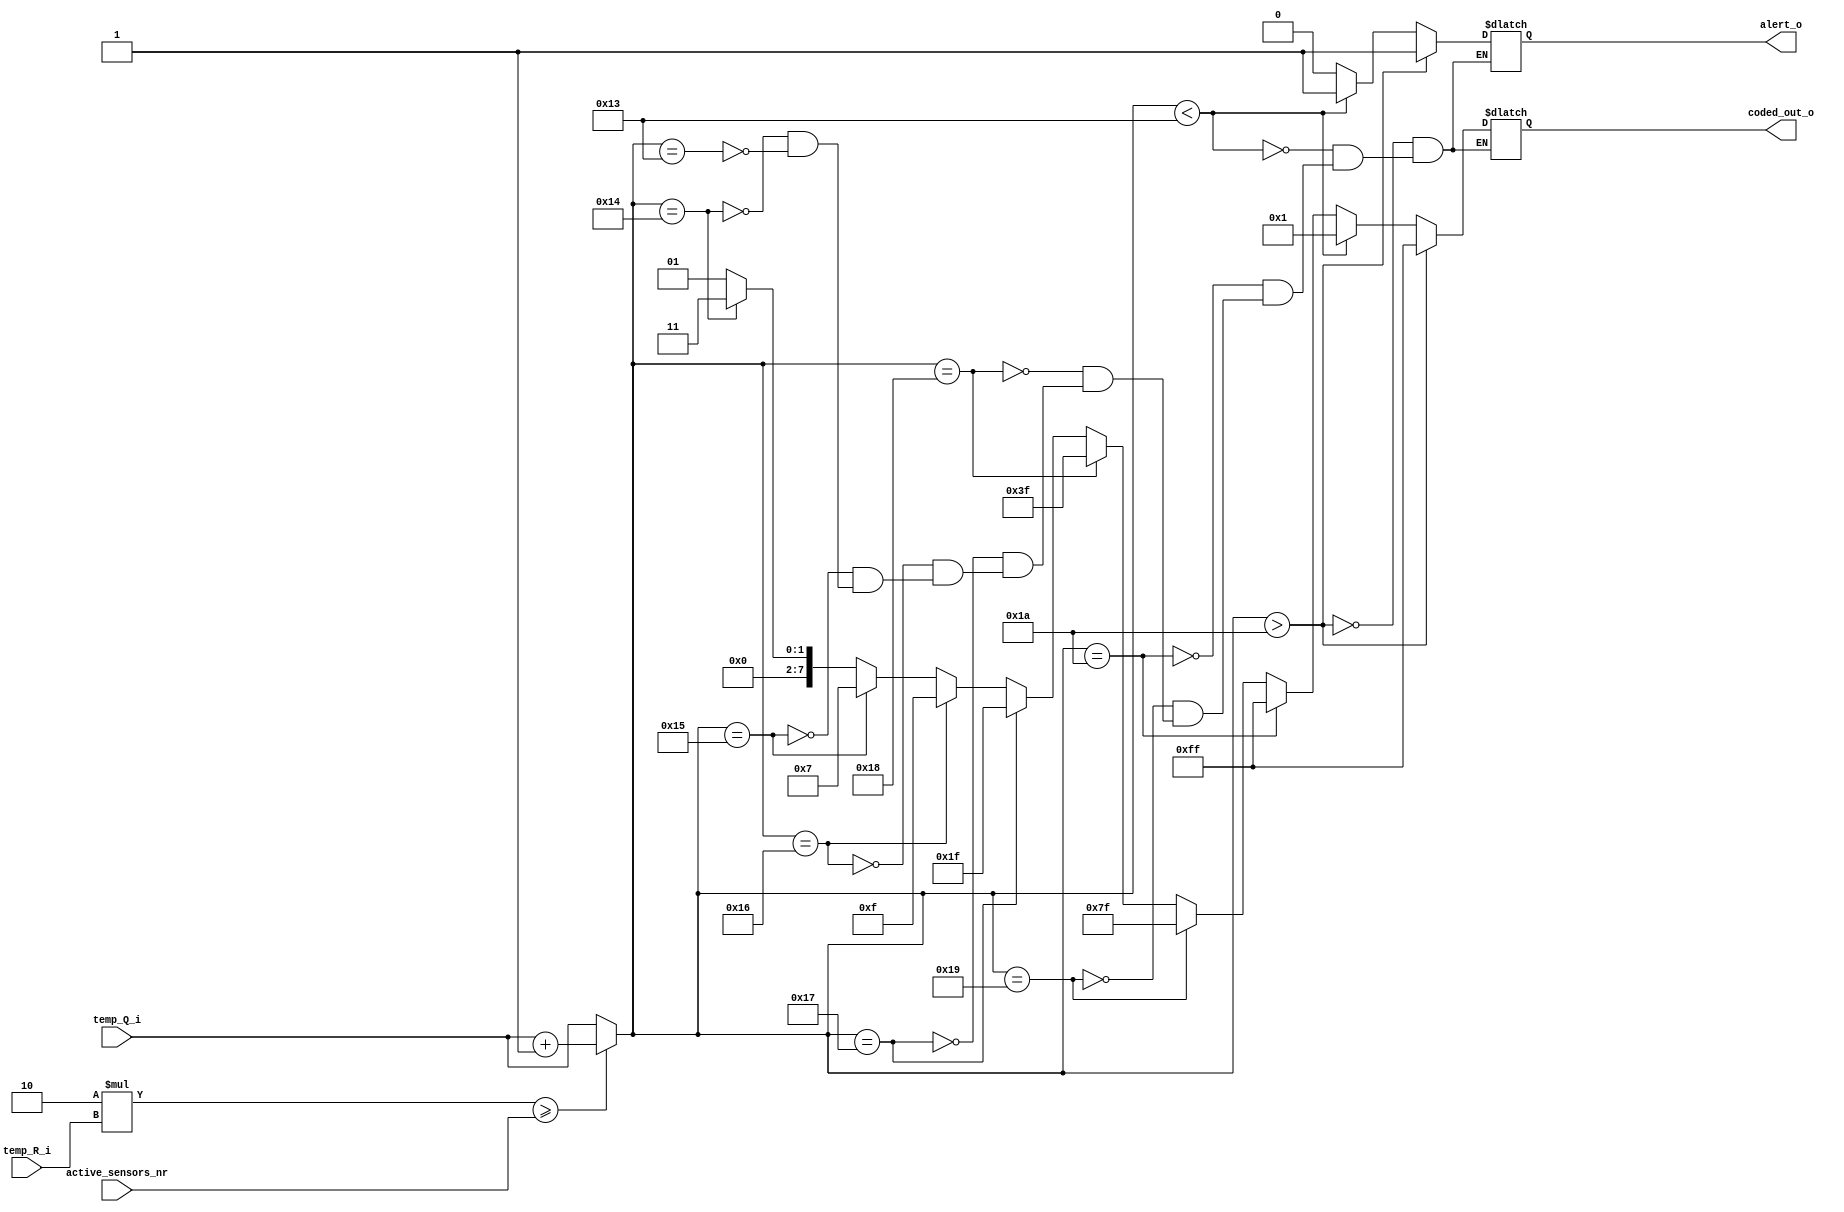
`timescale 1ns / 1ps

module output_display (
    output [7:0] coded_out_o,
    output alert_o,
    input [15:0] temp_Q_i,
    input [15:0] temp_R_i,
    input [7:0] active_sensors_nr);
    
    reg[15:0] aprox_temp; // va retine temperatura aproximata 
    reg[7:0] coded_out;
    reg alert;
    always @(temp_Q_i or temp_R_i or active_sensors_nr) begin
        // se compara restul cu jumatatea impartitorului
        // daca restul e mai mare sau egal, temperatura 
        // se aproximeaza la catul obtinut + 1
        if(2*temp_R_i >= active_sensors_nr) begin
            aprox_temp = temp_Q_i + 1;
        end
        else
            // altfel se aproximeaza direct la cat
            aprox_temp = temp_Q_i;
        
        // temperatura aproximata se codifica         
        // in modul scara prezentat in cerinta
        if(aprox_temp == 19) begin
            coded_out = 8'b0000_0001;
            alert = 0;
        end
        if(aprox_temp == 20) begin
            coded_out = 8'b0000_0011;
            alert = 0;
        end
        if(aprox_temp == 21) begin
            coded_out = 8'b0000_0111;
            alert = 0;
        end
        if(aprox_temp == 22) begin
            coded_out = 8'b0000_1111;
            alert = 0;
        end
        if(aprox_temp == 23) begin
            coded_out = 8'b0001_1111;
            alert = 0;
        end
        if(aprox_temp == 24) begin
            coded_out = 8'b0011_1111;
            alert = 0;
        end
        if(aprox_temp == 25) begin
            coded_out = 8'b0111_1111;
            alert = 0;
        end
        if(aprox_temp == 26) begin
            coded_out = 8'b1111_1111;
            alert = 0;
        end
        if(aprox_temp < 19) begin
            coded_out = 8'b0000_0001;
            alert = 1;
        end
        if(aprox_temp > 26) begin
            coded_out = 8'b1111_1111;
            alert = 1;
        end
    end 
    assign coded_out_o = coded_out;
    assign alert_o = alert;
endmodule